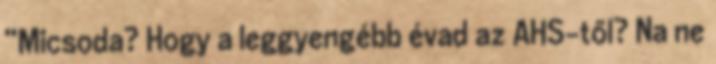
“Micsoda? Hogy a leggyengébb évad az AHS-től? Na ne